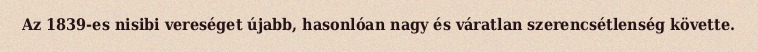
Az 1839-es nisibi vereséget újabb, hasonlóan nagy és váratlan szerencsétlenség követte.